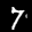
Label: 7